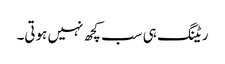
ریٹنگ ہی سب کچھ نہیں ہوتی۔